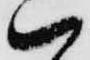
ハ